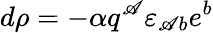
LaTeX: d\rho=-{\alpha}q^{\mathscr{A}}\varepsilon_{\mathscr{A}b}e^{b}